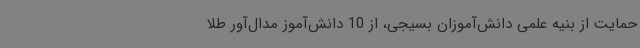
حمایت از بنیه علمی دانش‌آموزان بسیجی، از 10 دانش‌آموز مدال‌آور طلا